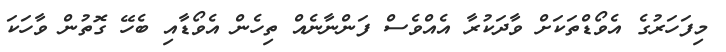
މިފަހަރުގެ އެވޯޑްތަކަށް ވާދަކުރާ އެއްވެސް ފަންނާނެއް ތިހެން އެވޯޑާއި ބެހޭ ގޮތުން ވާހަކަ